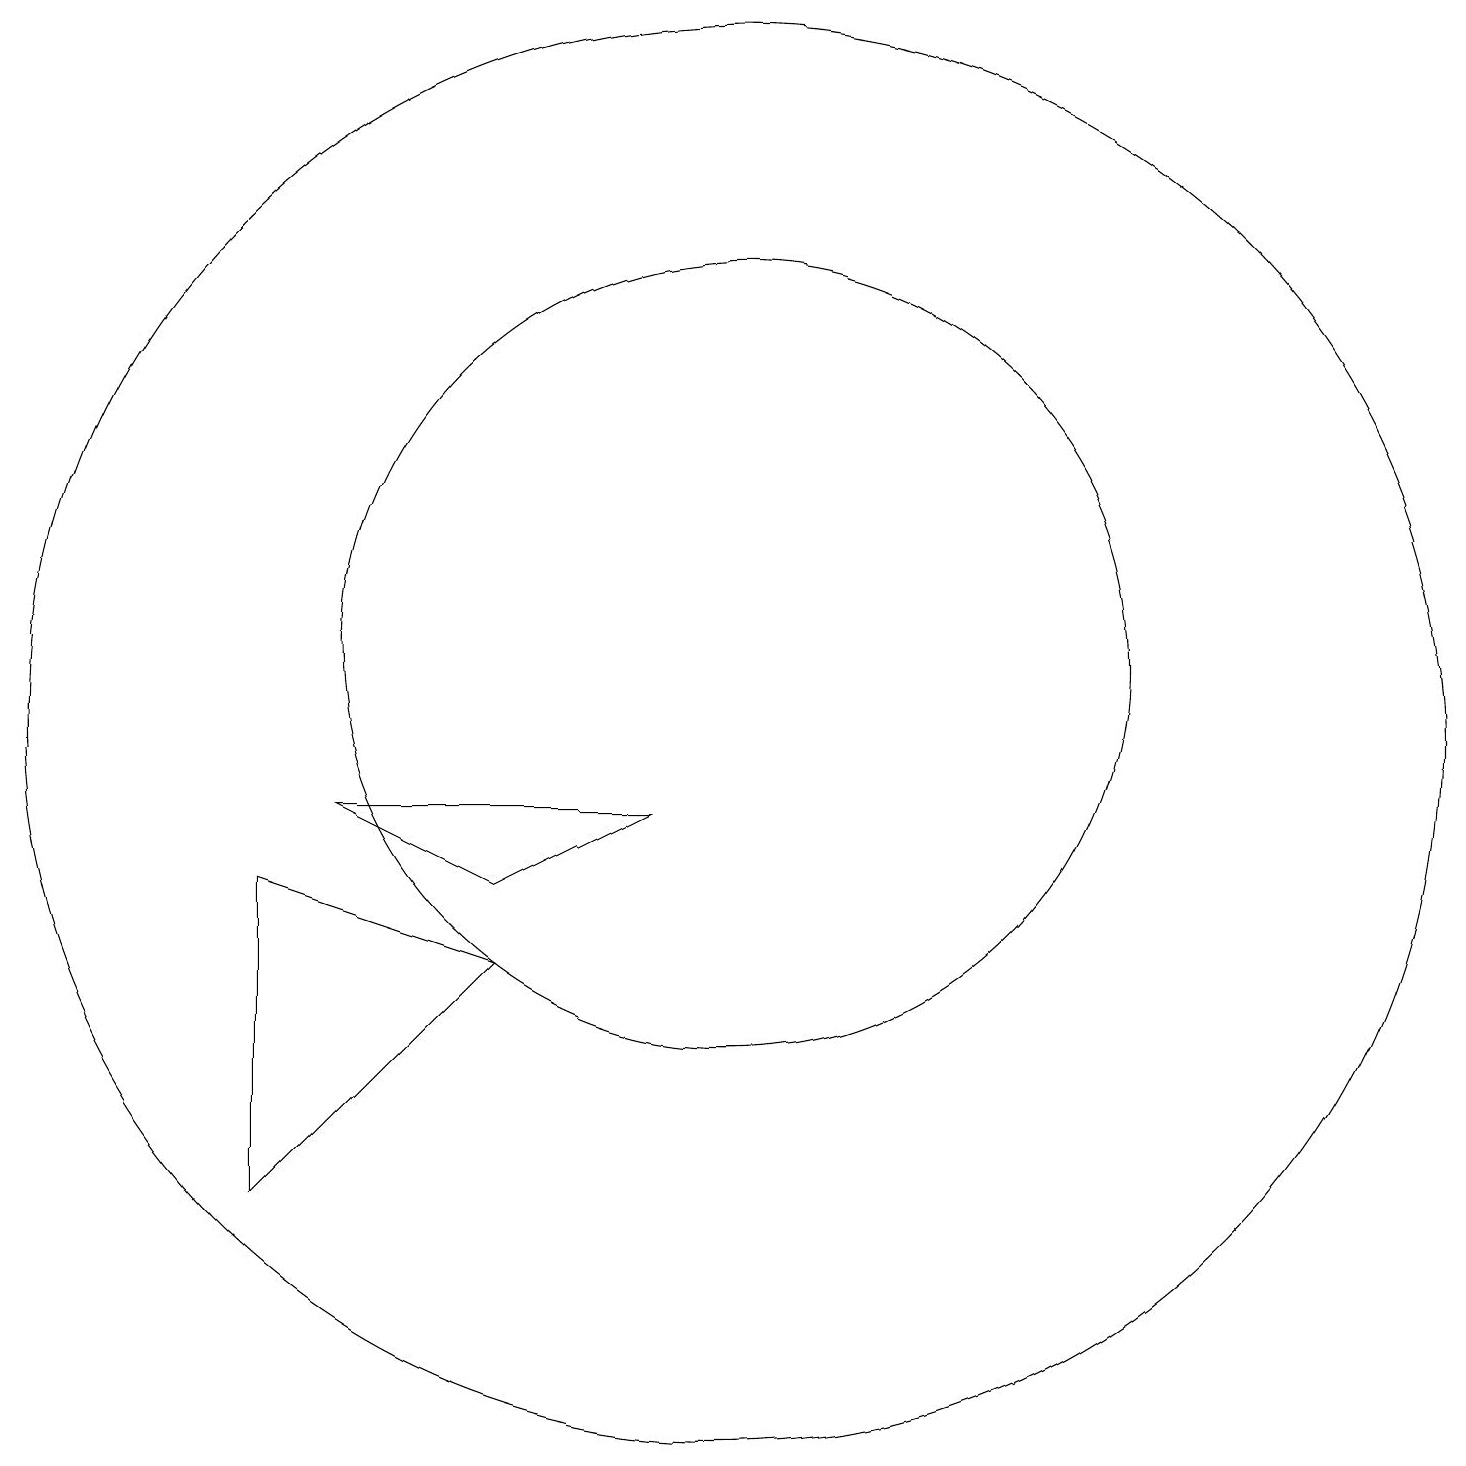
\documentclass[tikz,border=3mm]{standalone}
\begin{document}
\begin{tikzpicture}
\draw (10,11) circle (5);
\draw (7,7) -- (4,4) -- (4,8) -- cycle;
\draw (7,8) -- (9,9) -- (5,9) -- cycle;
\draw (10,10) circle (9);
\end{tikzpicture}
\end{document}